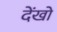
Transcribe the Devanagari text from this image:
देंखो